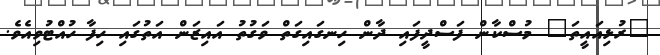
"ރުޅިއައީތަ" މުސްކާން ފަސްދީފައި ދާން ހިނގައިގަތް ވަގުތު އައިޒަން އަތުގައި ހިފާ ހުއްޓުވިއެވެ.